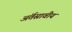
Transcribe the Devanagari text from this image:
अंर्तस्रावीय